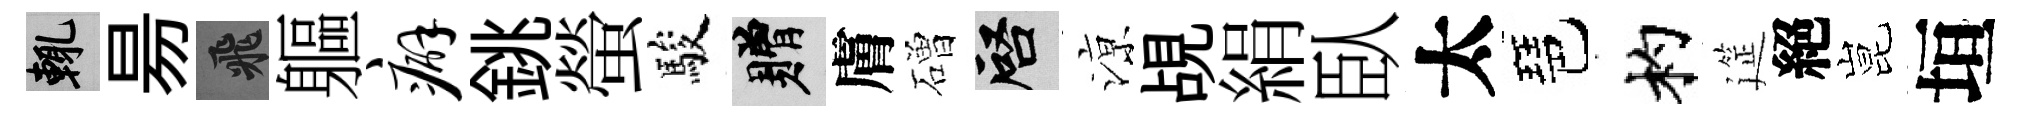
輒昜飛軀癖銚螢駿贈膚磳啓鿌覘絹臥太琶杓筵絕昆垣